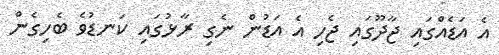
އެ އަޑެއްގައި ޖާދޫގައި ޖެހި އެ އަޑުން ނެގި ރާޅުގައި ކަނޑުވެ ބެހިގެން